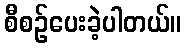
စီစဉ်ပေးခဲ့ပါတယ်။